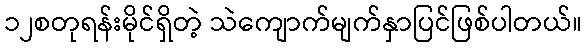
၁၂စတုရန်းမိုင်ရှိတဲ့ သဲကျောက်မျက်နှာပြင်ဖြစ်ပါတယ်။